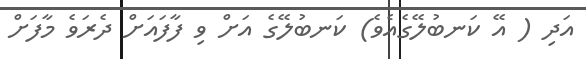
އަދި ( އޭ ކަނބުލޭގެއެވެ) ކަނބުލޭގެ އަށް ވި ފާފައަށް ދެރަވެ މާފަށް